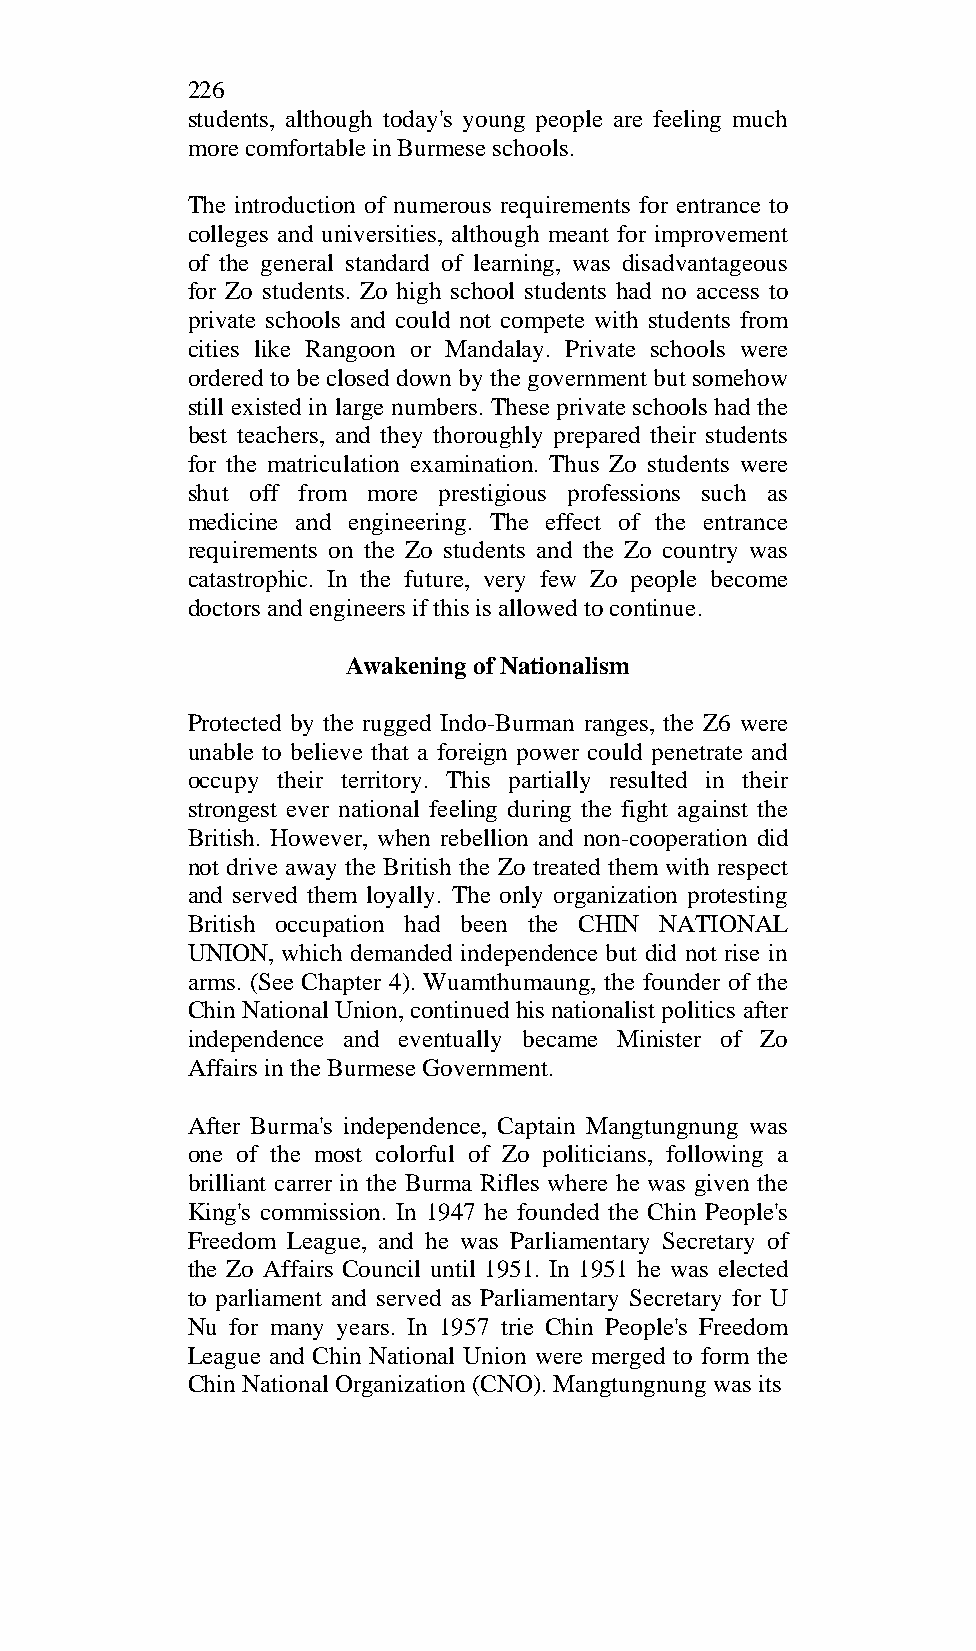
226
 students, although today's young people are feeling much
 more comfortable in Burmese schools.
 The introduction of numerous requirements for entrance to
 colleges and universities, although meant for improvement
 of the general standard of learning, was disadvantageous
 for Zo students. Zo high school students had no access to
 private schools and could not compete with students from
 cities like Rangoon or Mandalay. Private schools were
 ordered to be closed down by the government but somehow
 still existed in large numbers. These private schools had the
 best teachers, and they thoroughly prepared their students
 for the matriculation examination. Thus Zo students were
 shut off from more prestigious professions such as
 medicine and engineering. The effect of the entrance
 requirements on the Zo students and the Zo country was
 catastrophic. In the future, very few Zo people become
 doctors and engineers if this is allowed to continue.
 Awakening of Nationalism
 Protected by the rugged Indo-Burman ranges, the Z6 were
 unable to believe that a foreign power could penetrate and
 occupy their territory. This partially resulted in their
 strongest ever national feeling during the fight against the
 British. However, when rebellion and non-cooperation did
 not drive away the British the Zo treated them with respect
 and served them loyally. The only organization protesting
 British occupation had been the CHIN NATIONAL
 UNION, which demanded independence but did not rise in
 arms. (See Chapter 4). Wuamthumaung, the founder of the
 Chin National Union, continued his nationalist politics after
 independence and eventually became Minister of Zo
 Affairs in the Burmese Government.
 After Burma's independence, Captain Mangtungnung was
 one of the most colorful of Zo politicians, following a
 brilliant carrer in the Burma Rifles where he was given the
 King's commission. In 1947 he founded the Chin People's
 Freedom League, and he was Parliamentary Secretary of
 the Zo Affairs Council until 1951. In 1951 he was elected
 to parliament and served as Parliamentary Secretary for U
 Nu for many years. In 1957 trie Chin People's Freedom
 League and Chin National Union were merged to form the
 Chin National Organization (CNO). Mangtungnung was its